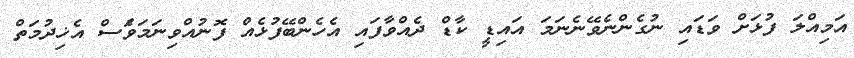
އަމިއްލަ ފުޅަށް ވަޑައި ނުގެންނެވޭނެނަމަ އައިޑީ ކާޑް ދެއްވާފައި އެހެންބޭފުޅެއް ފޮނުއްވިނަމަވެަސް އެޚިދުމަތް